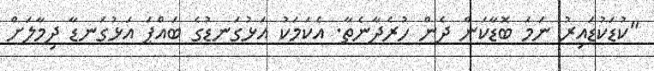
"ކުޑަކުޑައިރު ނަމަ ބޮޑާކަން ދެން ހުރެދާނެތާ. އެކަމަކު އަޅުގަނޑުގެ ބައްޕަ އަޅުގަނޑާ ދިމާލަށް